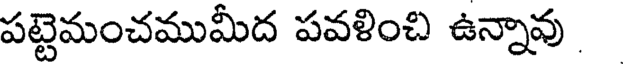
పట్టెమంచముమీద పవళించి ఉన్నావు